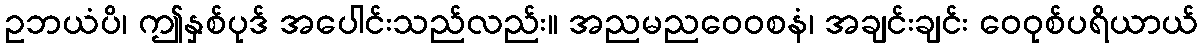
ဥဘယံပိ၊ ဤနှစ်ပုဒ် အပေါင်းသည်လည်း။ အညမညဝေဝစနံ၊ အချင်းချင်း ဝေဝုစ်ပရိယာယ်